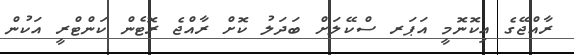
ރާއްޖޭގެ އިކޮނޮމީ އަޕަރ ސްކޭލަށް ބަދަލު ކޮށް ރާއްޖެ ރޮޓެން ކަންޓްރީ އަކުން